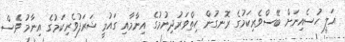
އަލީ ހުސެއިނަށް ބޭސްވެރިކަމުގެ ރޮނގުން ހިތްވަރުދިނުމުގެ އިނާމާއި ގައުމީ ޝަރަފުވެރިކަމުގެ އިނާމު ވެސް